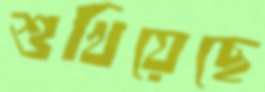
শুখিয়েছে